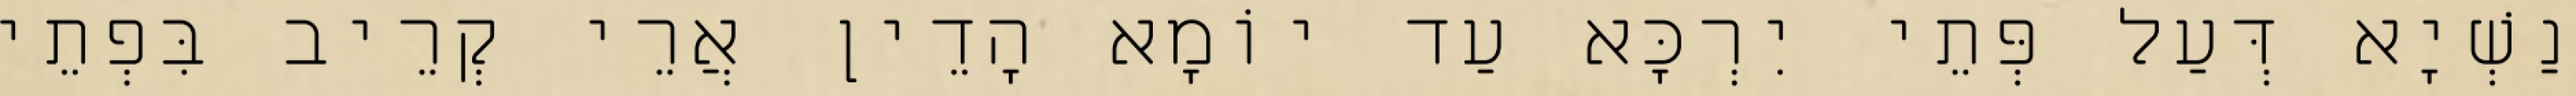
נַשְׁיָא דְּעַל פְּתֵי יִרְכָּא עַד יוֹמָא הָדֵין אֲרֵי קְרֵיב בִּפְתֵי